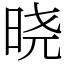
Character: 晓